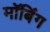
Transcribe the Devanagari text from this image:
मॉबिंग